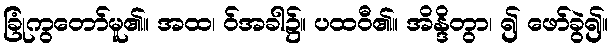
ခြုံကွတော်မူ၏။ အထ၊ ဝ်အခါ၌။ ပထဝီ၏။ အိန္ဒိတွာ၊ ၍ ဖော်ခွဲ၍။